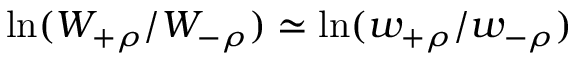
\ln ( W _ { + \rho } / W _ { - \rho } ) \simeq \ln ( w _ { + \rho } / w _ { - \rho } )